Annual report of the Imperial Bacteriologist
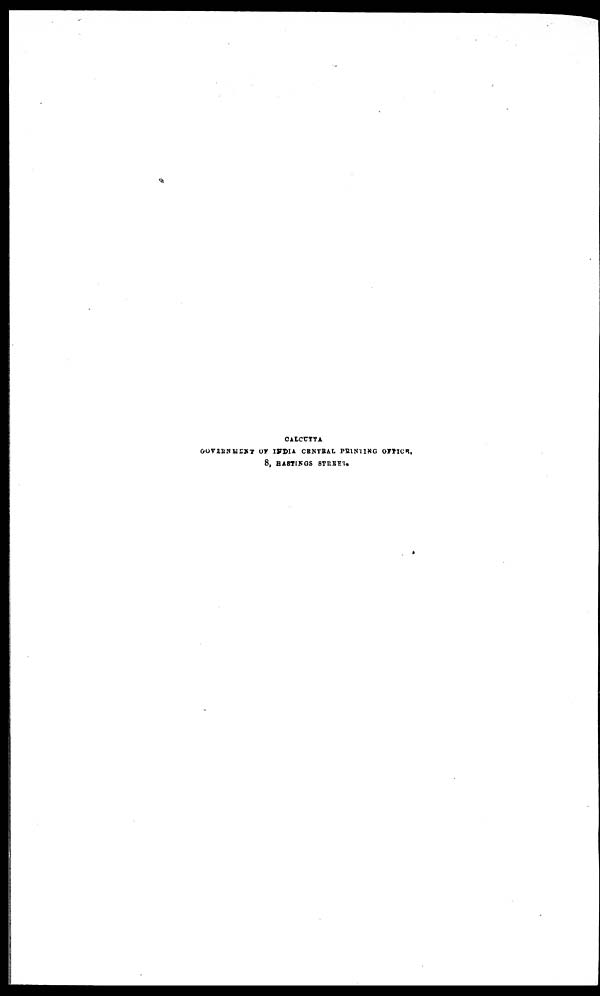
CALCUTTA
GOVERNMENT OF INDIA CENTRAL PRINTING OFFICE,
8, HASTINGS STREET.